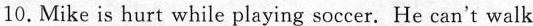
10. Mike is hurt while playing soccer. He can't walk